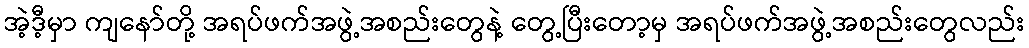
အဲ့ဒီ့မှာ ကျနော်တို့ အရပ်ဖက်အဖွဲ့အစည်းတွေနဲ့ တွေ့ပြီးတော့မှ အရပ်ဖက်အဖွဲ့အစည်းတွေလည်း